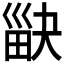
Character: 𤱾